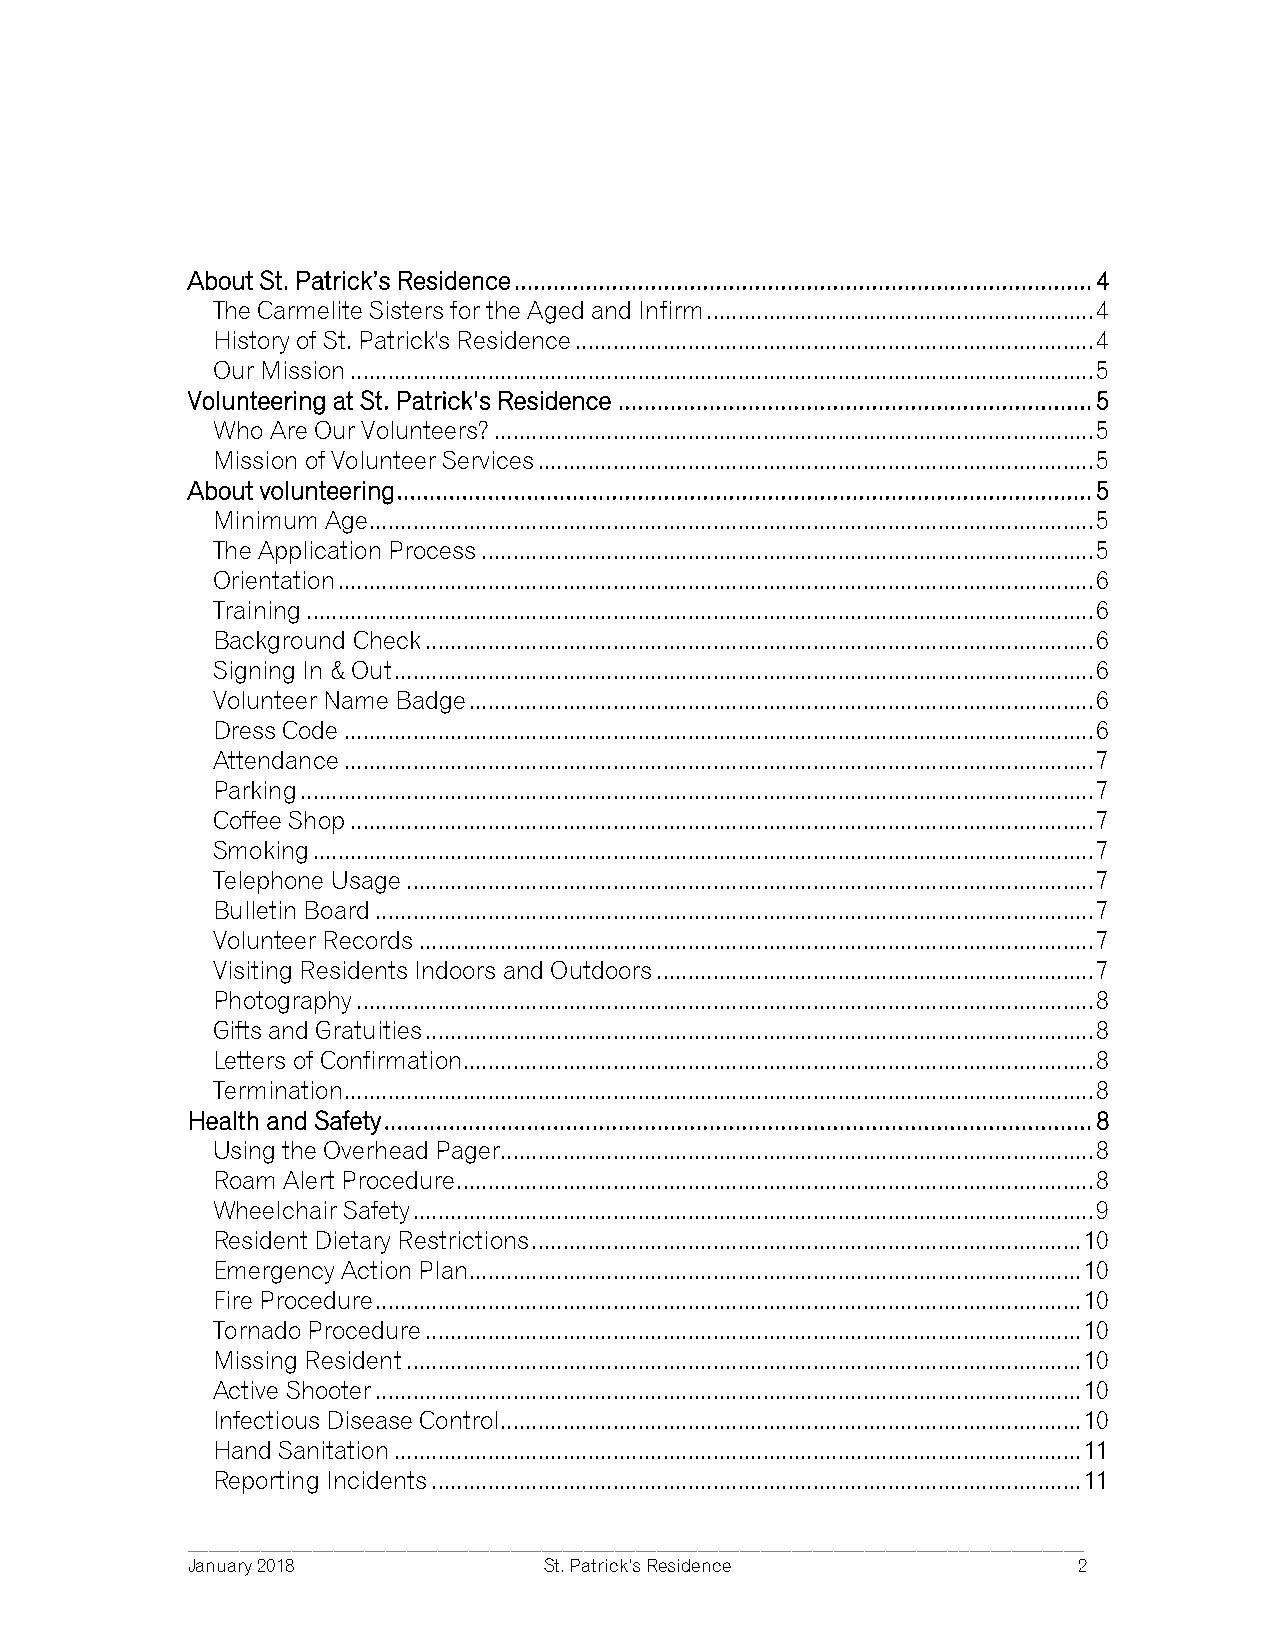
About St. Patrick’s Residence ......................................................................................... 4
 The Carmelite Sisters for the Aged and Infirm .............................................................. 4
 History of St. Patrick's Residence ................................................................................... 4
 Our Mission ....................................................................................................................... 5
 Volunteering at St. Patrick’s Residence ......................................................................... 5
 Who Are Our Volunteers? ................................................................................................ 5
 Mission of Volunteer Services ......................................................................................... 5
 About volunteering ........................................................................................................... 5
 Minimum Age .................................................................................................................... 5
 The Application Process .................................................................................................. 5
 Orientation ......................................................................................................................... 6
 Training .............................................................................................................................. 6
 Background Check ........................................................................................................... 6
 Signing In & Out ................................................................................................................ 6
 Volunteer Name Badge .................................................................................................... 6
 Dress Code ........................................................................................................................ 6
 Attendance ........................................................................................................................ 7
 Parking ............................................................................................................................... 7
 Coffee Shop ....................................................................................................................... 7
 Smoking ............................................................................................................................. 7
 Telephone Usage .............................................................................................................. 7
 Bulletin Board ................................................................................................................... 7
 Volunteer Records ............................................................................................................ 7
 Visiting Residents Indoors and Outdoors ...................................................................... 7
 Photography ...................................................................................................................... 8
 Gifts and Gratuities ........................................................................................................... 8
 Letters of Confirmation..................................................................................................... 8
 Termination ........................................................................................................................ 8
 Health and Safety ............................................................................................................. 8
 Using the Overhead Pager ............................................................................................... 8
 Roam Alert Procedure ...................................................................................................... 8
 Wheelchair Safety ............................................................................................................. 9
 Resident Dietary Restrictions ........................................................................................ 10
 Emergency Action Plan .................................................................................................. 10
 Fire Procedure ................................................................................................................. 10
 Tornado Procedure ......................................................................................................... 10
 Missing Resident ............................................................................................................ 10
 Active Shooter ................................................................................................................. 10
 Infectious Disease Control ............................................................................................. 10
 Hand Sanitation .............................................................................................................. 11
 Reporting Incidents ........................................................................................................ 11
 ______________________________________________________________________________________
 January 2018            St. Patrick’s Residence            2